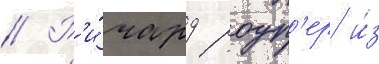
// Р'и́чард роуп'ер и́з